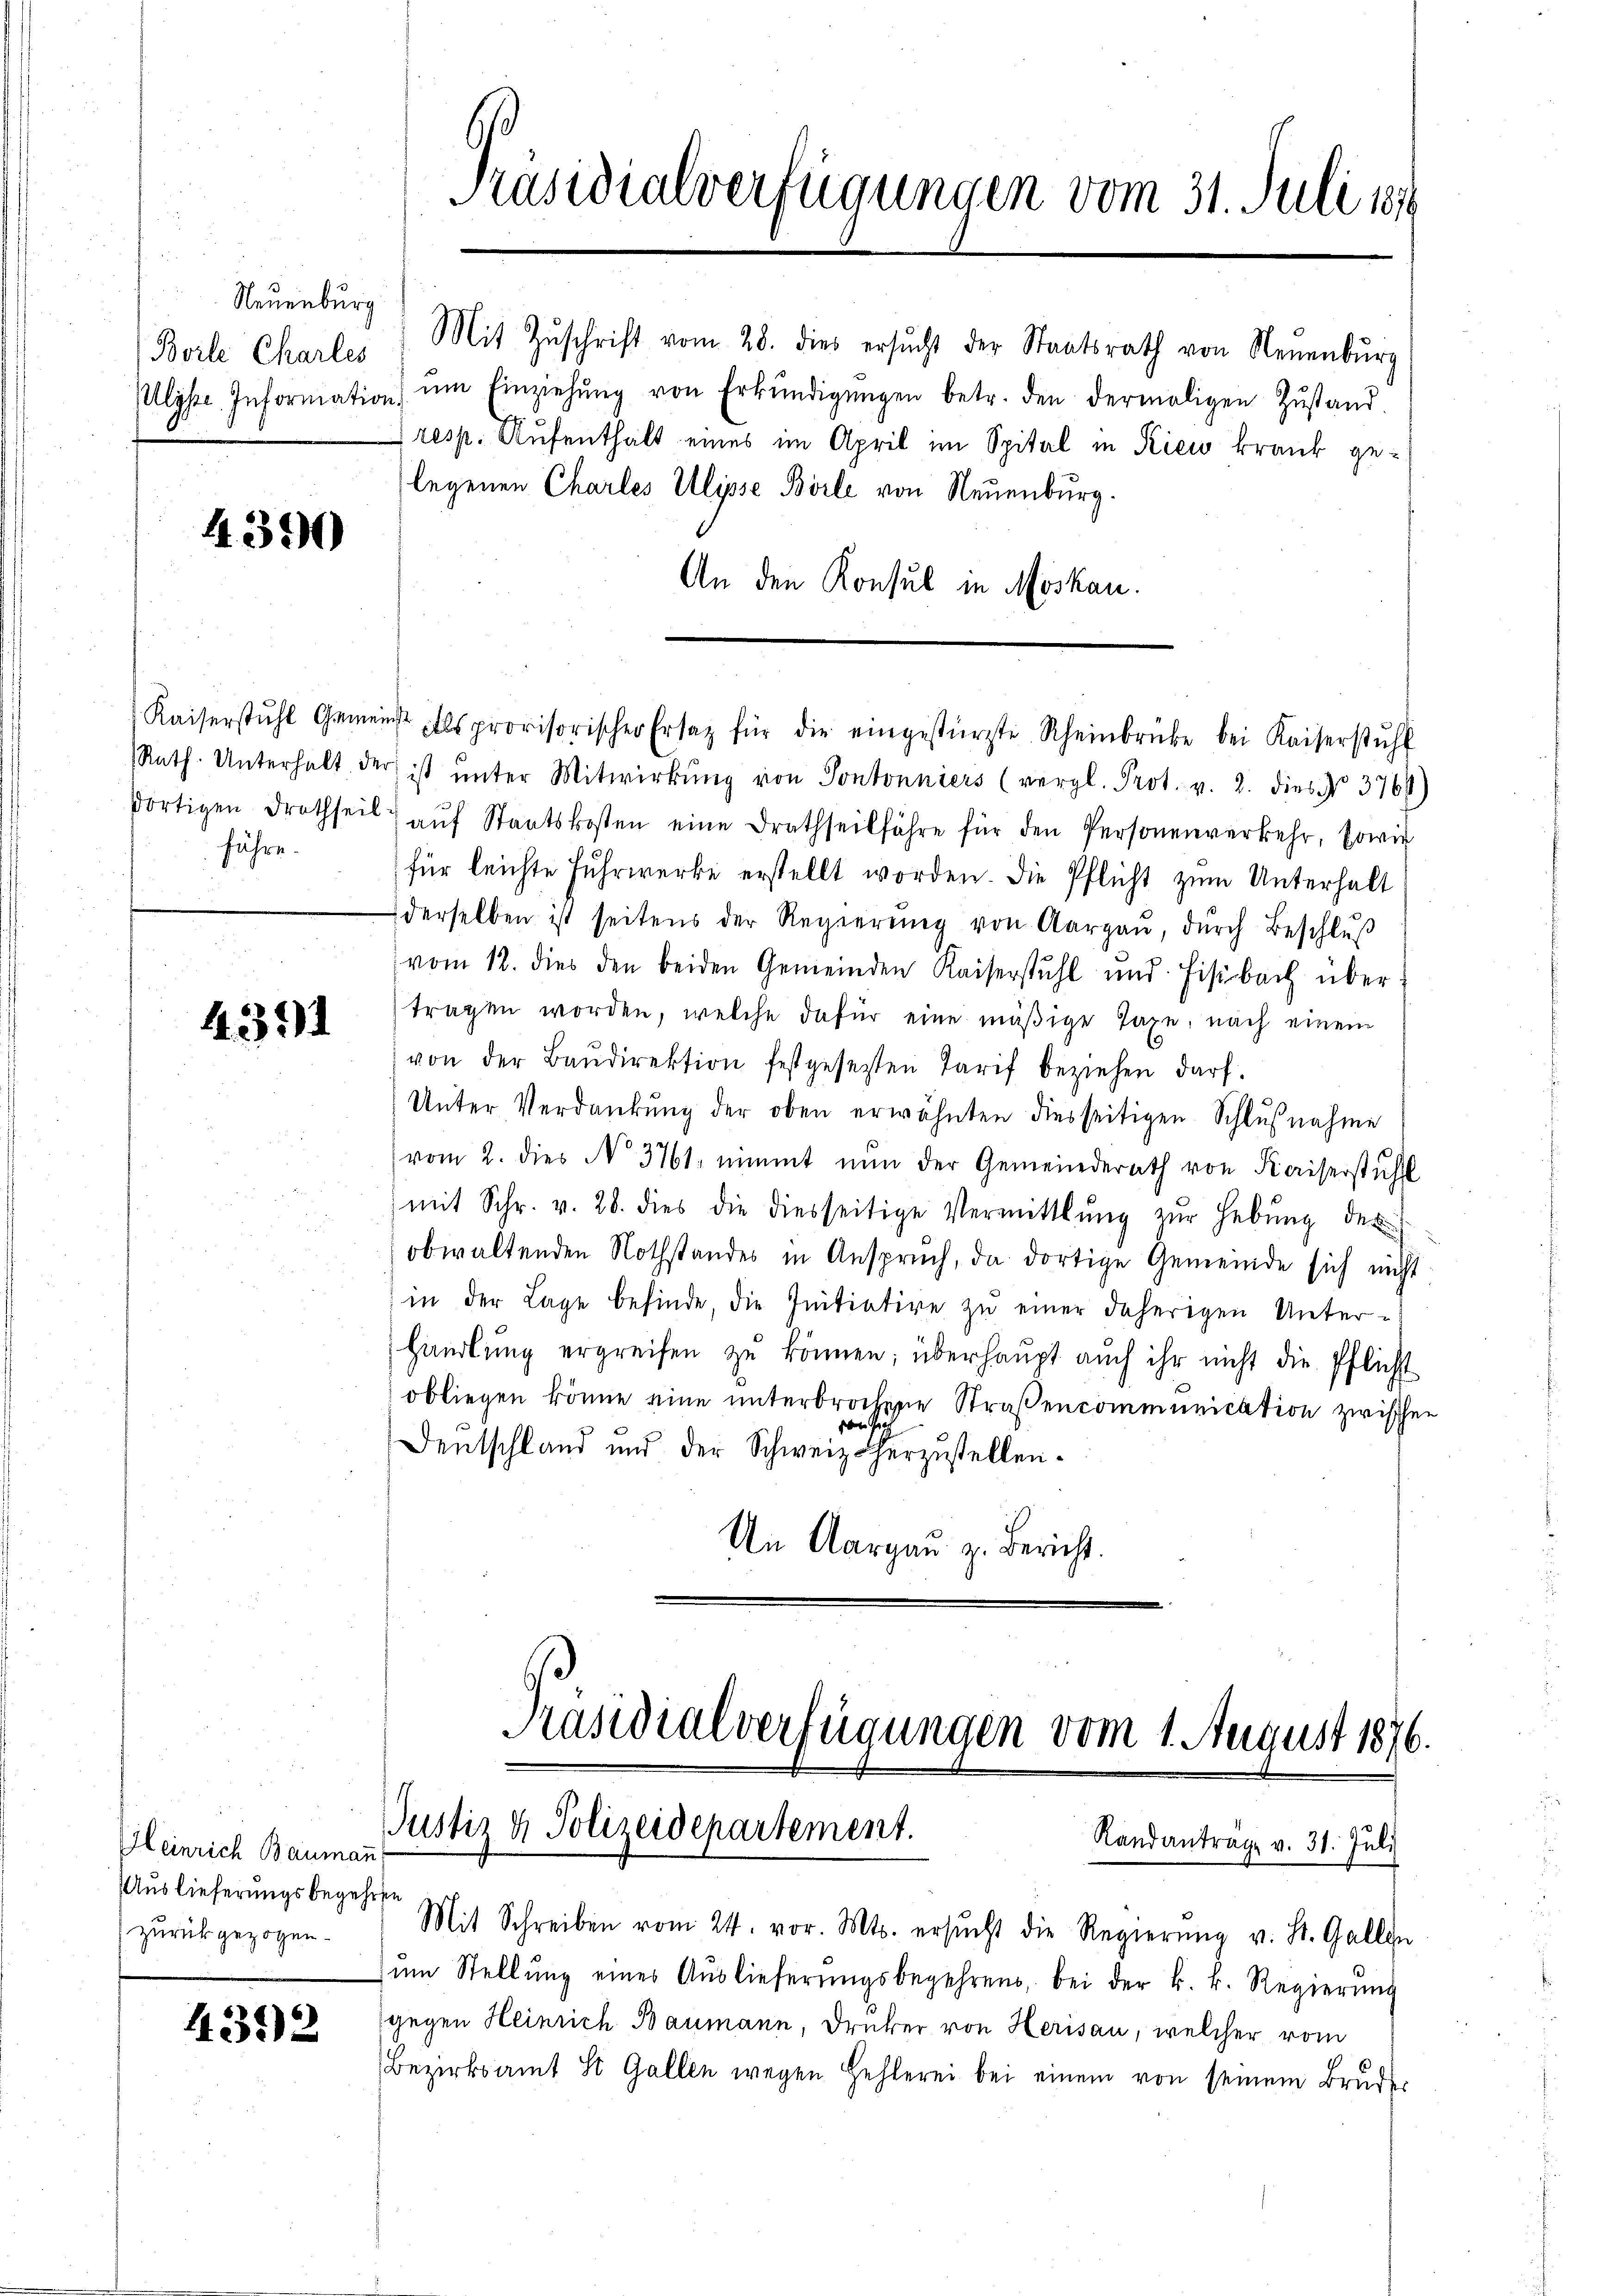
Neuenburg
Borle Charles

4390

führe.

4.351

Heinrich Baumann
Auslieferungsbegehren
zurückgezogen.

432

Präsidialverfügungen vom 31. Juli 188

Mit Zŭschrift vom 28. dies ersŭcht der Staatsrath von Neuenburg
Ulyse Information ŭm Einziehŭng von Erkŭndigŭngen betr. den dermaligen Zŭstand-
(resp. Aufenthält eines im April im Spital in Riew krank gelegenen Charles Ulipse Borle von Neuenburg.
An den Konsul in Moskau

Rath Unterhalt der ist ŭnter Mitwirkŭng von Pontonniers (vergl. Prot. v. 2. dies § 3761)
dortigen Drothseil aŭf Staatskosten eine Drathseilfahre für den Personenverkehr, sowie
für leichte Fuhrwerke erstellt worden die Pflicht zum Unterhalt
derselben ist seitens der Regierŭng von Aargaŭ, dŭrch Beschlŭβ
vom 12. dies den beiden Gemeinden Kaiserstŭhl ŭnd Fisibach über
tragen worden, welche dafür eine mäßige Taxe, nach einem
von der Baŭdirektion festgesetzten Tarif beziehen darf.
Unter Verdankŭng der oben erwähnten diesseitigen Schlŭβnahme
vom 2. dies No. 3761. nimmt nŭn der Gemeinderath von Kaiserstuhl
mit Schr. v. 28. dies die diesseitige Vermittlung zŭr Hebŭng des
 obwaltenden Nothstandes in Anspruch, da dortige Gemeinde sich nicht
in der Lage befinde, die Initiative zŭ einer daherigen Unter-
handlŭng ergreifen zŭ können; überhaupt auch ihr nicht die Pflicht
obliegen könne eine unterbrochene Straßencommunication zwischen
von Gi
Deutschland und der Schweiz herzustellen¬
An Aargau z. Bericht.

Kaiserstŭhl Gemeinst als provisorischer Ersatz für die eingestürzte Rheinbrüke bei Kaiserstŭhl

Präsidialverfügungen vom 1. August 1876.
Justiz & Polizeidepartement.
Randanträge v. 31. Juli

Mit Schreiben vom 24. vor. Mts. ersŭcht die Regierŭng v. St. Gallen
ŭm Stellŭng eines Aŭslieferŭngsbegehrens, bei der k. k. Regierŭng
gegen Heinrich Baumann, Drucker von Herisau, welcher vom
Bezirksamt St. Gallen wegen Hehlerei bei einem von seinem Bruder